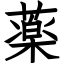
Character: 薬